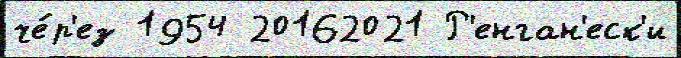
че́р'ез 1954 20162021 Р'енган'еск'и